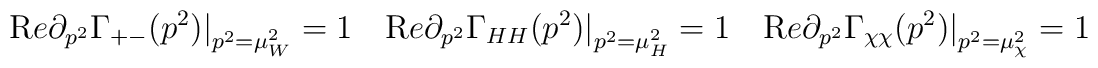
{\mathrm Re}\partial _{p^2}\Gamma_{+-} (p^2)\big|_{p^2  = \mu_W^2} = 1 \quad{\mathrm Re}\partial _{p^2}\Gamma_{HH} (p^2)\big|_{p^2  = \mu_H^2} = 1 \quad{\mathrm Re}\partial _{p^2}\Gamma_{\chi\chi} (p^2)\big|_{p^2  = \mu_\chi^2} = 1